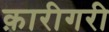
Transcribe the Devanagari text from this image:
क़ारीगरी